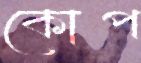
কোপ